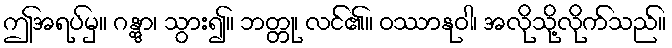
ဤအရပ်မှ။ ဂန္တွာ၊ သွား၍။ ဘတ္တု၊ လင်၏။ ဝဿာနုဝါ၊ အလိုသို့လိုက်သည်။